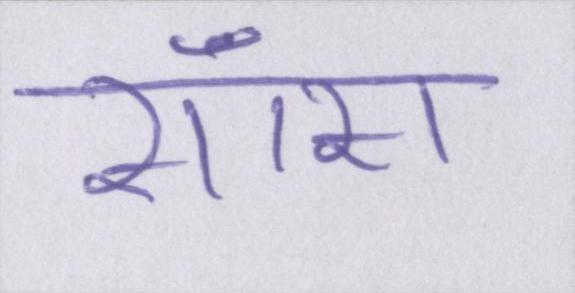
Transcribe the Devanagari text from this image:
साँस